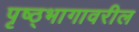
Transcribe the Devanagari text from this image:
पृष्ठ्भागावरील